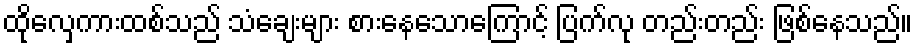
ထိုလှေကားထစ်သည် သံချေးများ စားနေသောကြောင့် ပြက်လု တည်းတည်း ဖြစ်နေသည်။